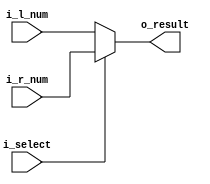
`timescale 1ns / 1ps

module selection_result
    #(parameter N=8)
    (
        input wire [N-1:0] i_r_num, i_l_num,
        input wire i_select,
        output reg [N-1:0] o_result
    );

    always @* begin
        case(i_select)
            1'b1 : o_result = i_r_num;
            default: o_result = i_l_num;
        endcase
    end

endmodule